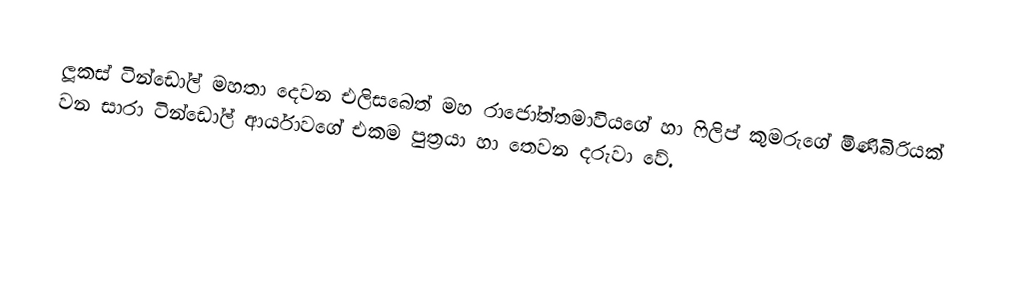
ලූකස් ටින්ඩෝල් මහතා දෙවන එලිසබෙත් මහ රාජෝත්තමාවියගේ හා ෆිලිප් කුමරුගේ මිණිබිරියක් වන සාරා ටින්ඩෝල් ආර්යාවගේ එකම පුත්‍රයා හා තෙවන දරුවා වේ.